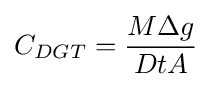
C_{DGT}={\frac {M\Delta g}{DtA}}\